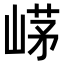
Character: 𡹰